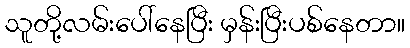
သူတို့လမ်းပေါ်နေပြီး မှန်းပြီးပစ်နေတာ။